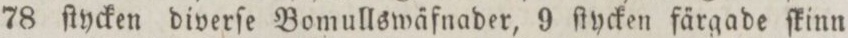
78 ſtycken diverſe Bomullswäfnader, 9 ſtycken färgade ſkinn